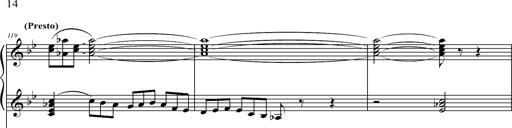
Title: 2 LÃ©gendes
Composer: Franz Liszt